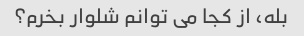
بله، از کجا می توانم شلوار بخرم؟